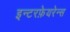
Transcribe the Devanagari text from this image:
इन्टरफ़ेयरेन्स